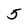
Character: 5